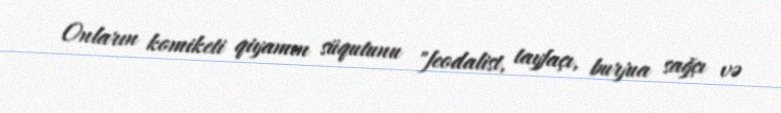
Onların komiketi qiyamın süqutunu "feodalist, tayfaçı, burjua sağçı və